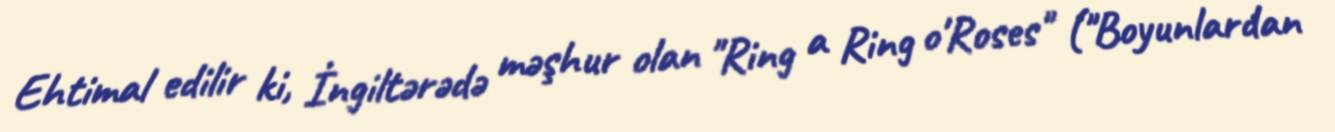
Ehtimal edilir ki, İngiltərədə məşhur olan "Ring a Ring o'Roses" ("Boyunlardan